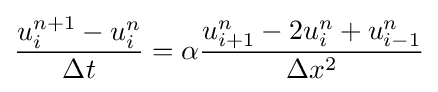
{\frac {u_{i}^{n+1}-u_{i}^{n}}{\Delta t}}=\alpha {\frac {u_{i+1}^{n}-2u_{i}^{n}+u_{i-1}^{n}}{\Delta x^{2}}}